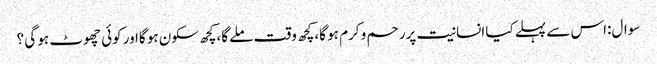
سوال:اس سے پہلے کیا انسانیت پررحم و کرم ہو گا،کچھ وقت ملے گا،کچھ سکون ہو گااور کوئی چھوٹ ہو گی ؟